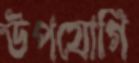
উপযোগি